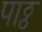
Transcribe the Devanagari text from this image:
पाठ्ठ